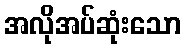
အလိုအပ်ဆုံးသော